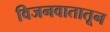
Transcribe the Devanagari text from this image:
विजनवातातून